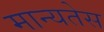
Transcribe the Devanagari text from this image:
मान्यतेस